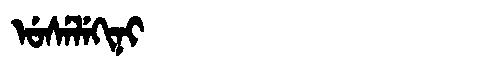
Manchu: ᡠᠰᡝᠯᡝᡴᡳᠨᡳ
Romanization: USELEKINI